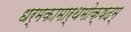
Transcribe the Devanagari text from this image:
धर्मकामार्थमोक्षदम्